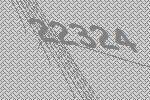
22324